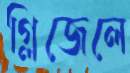
গ্লিজেলে